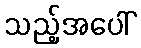
သည့်အပေါ်